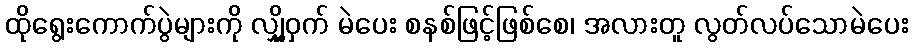
ထိုရွေးကောက်ပွဲများကို လျှို့ဝှက် မဲပေး စနစ်ဖြင့်ဖြစ်စေ၊ အလားတူ လွတ်လပ်သောမဲပေး